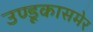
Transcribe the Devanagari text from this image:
उण्डूकासमेर